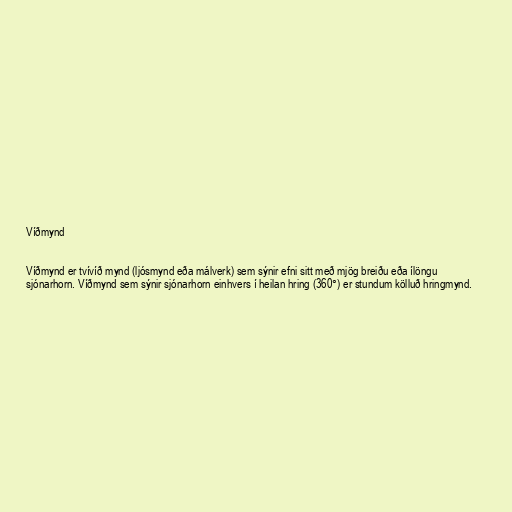
Víðmynd

Víðmynd er tvívíð mynd (ljósmynd eða málverk) sem sýnir efni sitt með mjög breiðu eða ílöngu
sjónarhorn. Víðmynd sem sýnir sjónarhorn einhvers í heilan hring (360°) er stundum kölluð hringmynd.